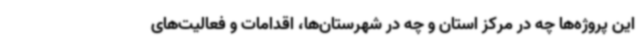
این پروژه‌ها چه در مرکز استان و چه در شهرستان‌ها، اقدامات و فعالیت‌های